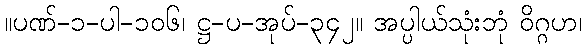
။ပဏ်-၁-ပါ-၁၀၆၊ ဋ္ဌ-ပ-အုပ်-၃၄၂။ အပ္ပါယ်သုံးဘုံ ဝိဂ္ဂဟ၊